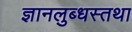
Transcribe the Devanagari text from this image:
ज्ञानलुब्धस्तथा